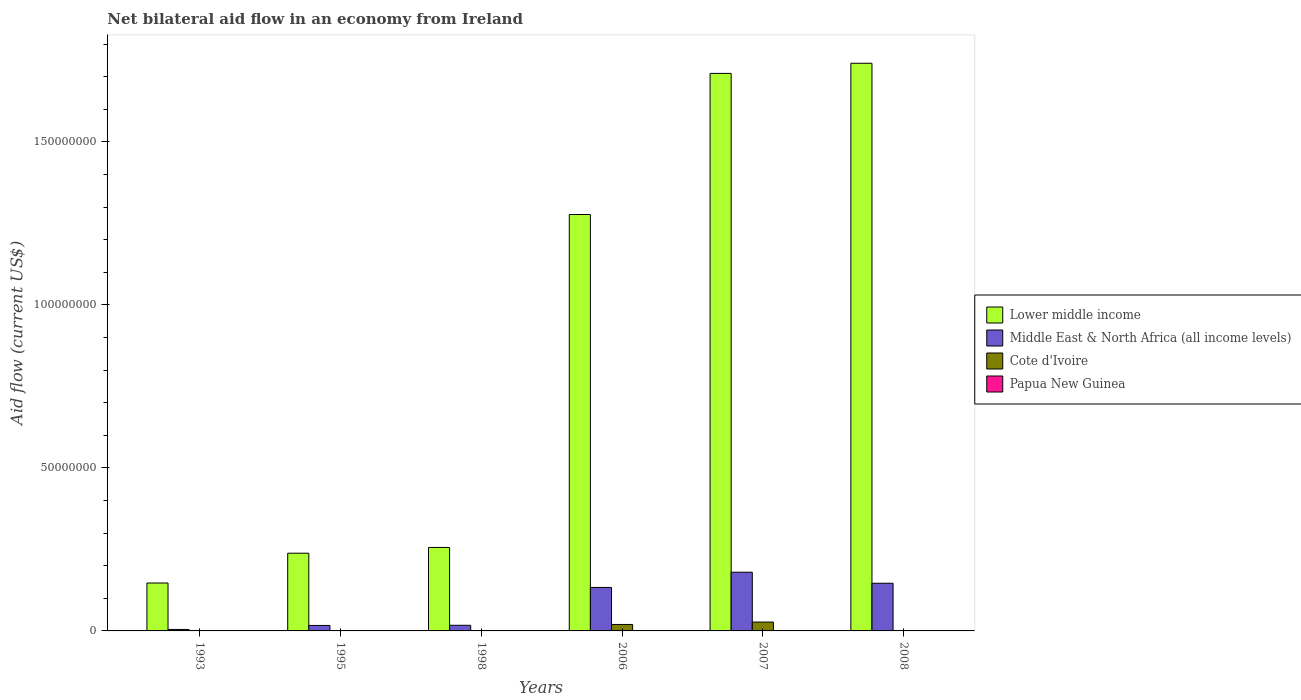
| Years | Lower middle income | Middle East & North Africa (all income levels) | Cote d'Ivoire | Papua New Guinea |
 | --- | --- | --- | --- | --- |
 | 1993 | 1.47e+07 | 4.5e+05 | 2e+04 | 1e+04 |
 | 1995 | 2.38e+07 | 1.68e+06 | 1.2e+05 | 2e+04 |
 | 1998 | 2.56e+07 | 1.73e+06 | 2e+04 | 8e+04 |
 | 2006 | 1.28e+08 | 1.33e+07 | 1.98e+06 | 3e+04 |
 | 2007 | 1.71e+08 | 1.8e+07 | 2.72e+06 | 2e+04 |
 | 2008 | 1.74e+08 | 1.46e+07 | 5e+04 | 2e+04 |